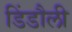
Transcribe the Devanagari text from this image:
डिंडौली